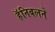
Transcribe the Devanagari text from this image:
हॅनिबलने